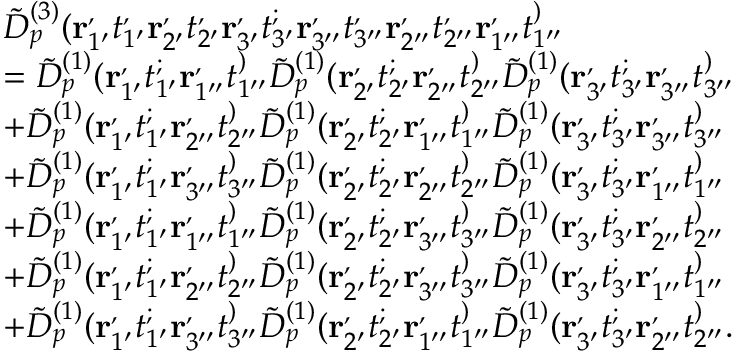
\begin{array} { r l } & { \tilde { D } _ { p } ^ { ( 3 ) } ( \mathbf { r } _ { 1 ^ { \prime } } ^ , t _ { 1 ^ { \prime } } ^ , \mathbf { r } _ { 2 ^ { \prime } } ^ , t _ { 2 ^ { \prime } } ^ , \mathbf { r } _ { 3 ^ { \prime } } ^ , t _ { 3 ^ { \prime } } ^ ; \mathbf { r } _ { 3 ^ { \prime \prime } } ^ , t _ { 3 ^ { \prime \prime } } ^ , \mathbf { r } _ { 2 ^ { \prime \prime } } ^ , t _ { 2 ^ { \prime \prime } } ^ , \mathbf { r } _ { 1 ^ { \prime \prime } } ^ , t _ { 1 ^ { \prime \prime } } ^ ) } \\ & { = \tilde { D } _ { p } ^ { ( 1 ) } ( \mathbf { r } _ { 1 ^ { \prime } } ^ , t _ { 1 ^ { \prime } } ^ ; \mathbf { r } _ { 1 ^ { \prime \prime } } ^ , t _ { 1 ^ { \prime \prime } } ^ ) \tilde { D } _ { p } ^ { ( 1 ) } ( \mathbf { r } _ { 2 ^ { \prime } } ^ , t _ { 2 ^ { \prime } } ^ ; \mathbf { r } _ { 2 ^ { \prime \prime } } ^ , t _ { 2 ^ { \prime \prime } } ^ ) \tilde { D } _ { p } ^ { ( 1 ) } ( \mathbf { r } _ { 3 ^ { \prime } } ^ , t _ { 3 ^ { \prime } } ^ ; \mathbf { r } _ { 3 ^ { \prime \prime } } ^ , t _ { 3 ^ { \prime \prime } } ^ ) } \\ & { + \tilde { D } _ { p } ^ { ( 1 ) } ( \mathbf { r } _ { 1 ^ { \prime } } ^ , t _ { 1 ^ { \prime } } ^ ; \mathbf { r } _ { 2 ^ { \prime \prime } } ^ , t _ { 2 ^ { \prime \prime } } ^ ) \tilde { D } _ { p } ^ { ( 1 ) } ( \mathbf { r } _ { 2 ^ { \prime } } ^ , t _ { 2 ^ { \prime } } ^ ; \mathbf { r } _ { 1 ^ { \prime \prime } } ^ , t _ { 1 ^ { \prime \prime } } ^ ) \tilde { D } _ { p } ^ { ( 1 ) } ( \mathbf { r } _ { 3 ^ { \prime } } ^ , t _ { 3 ^ { \prime } } ^ ; \mathbf { r } _ { 3 ^ { \prime \prime } } ^ , t _ { 3 ^ { \prime \prime } } ^ ) } \\ & { + \tilde { D } _ { p } ^ { ( 1 ) } ( \mathbf { r } _ { 1 ^ { \prime } } ^ , t _ { 1 ^ { \prime } } ^ ; \mathbf { r } _ { 3 ^ { \prime \prime } } ^ , t _ { 3 ^ { \prime \prime } } ^ ) \tilde { D } _ { p } ^ { ( 1 ) } ( \mathbf { r } _ { 2 ^ { \prime } } ^ , t _ { 2 ^ { \prime } } ^ ; \mathbf { r } _ { 2 ^ { \prime \prime } } ^ , t _ { 2 ^ { \prime \prime } } ^ ) \tilde { D } _ { p } ^ { ( 1 ) } ( \mathbf { r } _ { 3 ^ { \prime } } ^ , t _ { 3 ^ { \prime } } ^ ; \mathbf { r } _ { 1 ^ { \prime \prime } } ^ , t _ { 1 ^ { \prime \prime } } ^ ) } \\ & { + \tilde { D } _ { p } ^ { ( 1 ) } ( \mathbf { r } _ { 1 ^ { \prime } } ^ , t _ { 1 ^ { \prime } } ^ ; \mathbf { r } _ { 1 ^ { \prime \prime } } ^ , t _ { 1 ^ { \prime \prime } } ^ ) \tilde { D } _ { p } ^ { ( 1 ) } ( \mathbf { r } _ { 2 ^ { \prime } } ^ , t _ { 2 ^ { \prime } } ^ ; \mathbf { r } _ { 3 ^ { \prime \prime } } ^ , t _ { 3 ^ { \prime \prime } } ^ ) \tilde { D } _ { p } ^ { ( 1 ) } ( \mathbf { r } _ { 3 ^ { \prime } } ^ , t _ { 3 ^ { \prime } } ^ ; \mathbf { r } _ { 2 ^ { \prime \prime } } ^ , t _ { 2 ^ { \prime \prime } } ^ ) } \\ & { + \tilde { D } _ { p } ^ { ( 1 ) } ( \mathbf { r } _ { 1 ^ { \prime } } ^ , t _ { 1 ^ { \prime } } ^ ; \mathbf { r } _ { 2 ^ { \prime \prime } } ^ , t _ { 2 ^ { \prime \prime } } ^ ) \tilde { D } _ { p } ^ { ( 1 ) } ( \mathbf { r } _ { 2 ^ { \prime } } ^ , t _ { 2 ^ { \prime } } ^ ; \mathbf { r } _ { 3 ^ { \prime \prime } } ^ , t _ { 3 ^ { \prime \prime } } ^ ) \tilde { D } _ { p } ^ { ( 1 ) } ( \mathbf { r } _ { 3 ^ { \prime } } ^ , t _ { 3 ^ { \prime } } ^ ; \mathbf { r } _ { 1 ^ { \prime \prime } } ^ , t _ { 1 ^ { \prime \prime } } ^ ) } \\ & { + \tilde { D } _ { p } ^ { ( 1 ) } ( \mathbf { r } _ { 1 ^ { \prime } } ^ , t _ { 1 ^ { \prime } } ^ ; \mathbf { r } _ { 3 ^ { \prime \prime } } ^ , t _ { 3 ^ { \prime \prime } } ^ ) \tilde { D } _ { p } ^ { ( 1 ) } ( \mathbf { r } _ { 2 ^ { \prime } } ^ , t _ { 2 ^ { \prime } } ^ ; \mathbf { r } _ { 1 ^ { \prime \prime } } ^ , t _ { 1 ^ { \prime \prime } } ^ ) \tilde { D } _ { p } ^ { ( 1 ) } ( \mathbf { r } _ { 3 ^ { \prime } } ^ , t _ { 3 ^ { \prime } } ^ ; \mathbf { r } _ { 2 ^ { \prime \prime } } ^ , t _ { 2 ^ { \prime \prime } } ^ ) . } \end{array}